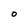
Character: o